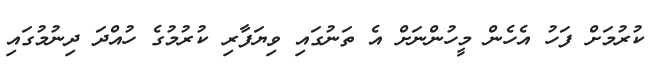
ކުރުމަށް ފަހު އެހެން މީހުންނަށް އެ ތަނުގައި ވިޔަފާރި ކުރުމުގެ ހުއްދަ ދިނުމުގައި